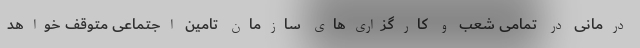
درمانی در تمامی شعب و کارگزاری‌های سازمان تامین اجتماعی متوقف خواهد